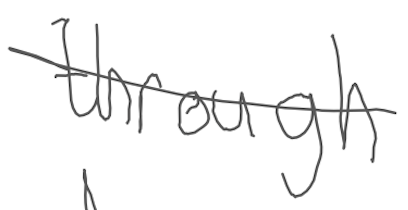
Text: through
Cross-out: single-line
Writing tool: digital_gray